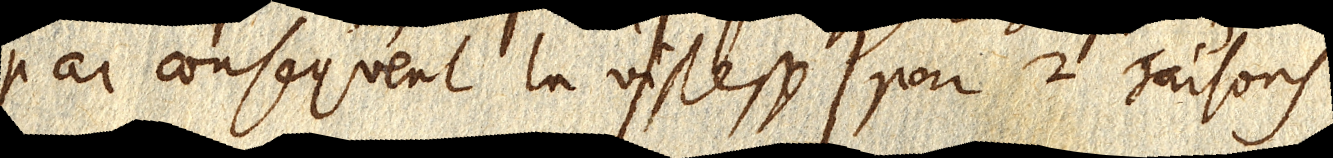
par consequent la vistesse par 2 raisons